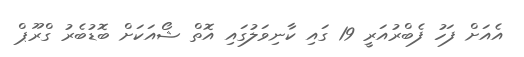
އެއަށް ފަހު ފެބްރުއަރީ 19 ގައި ކާނިވަލުގައި އޮތް ޝޯއަކަށް ބޮޑުބެރު ގްރޫޕް